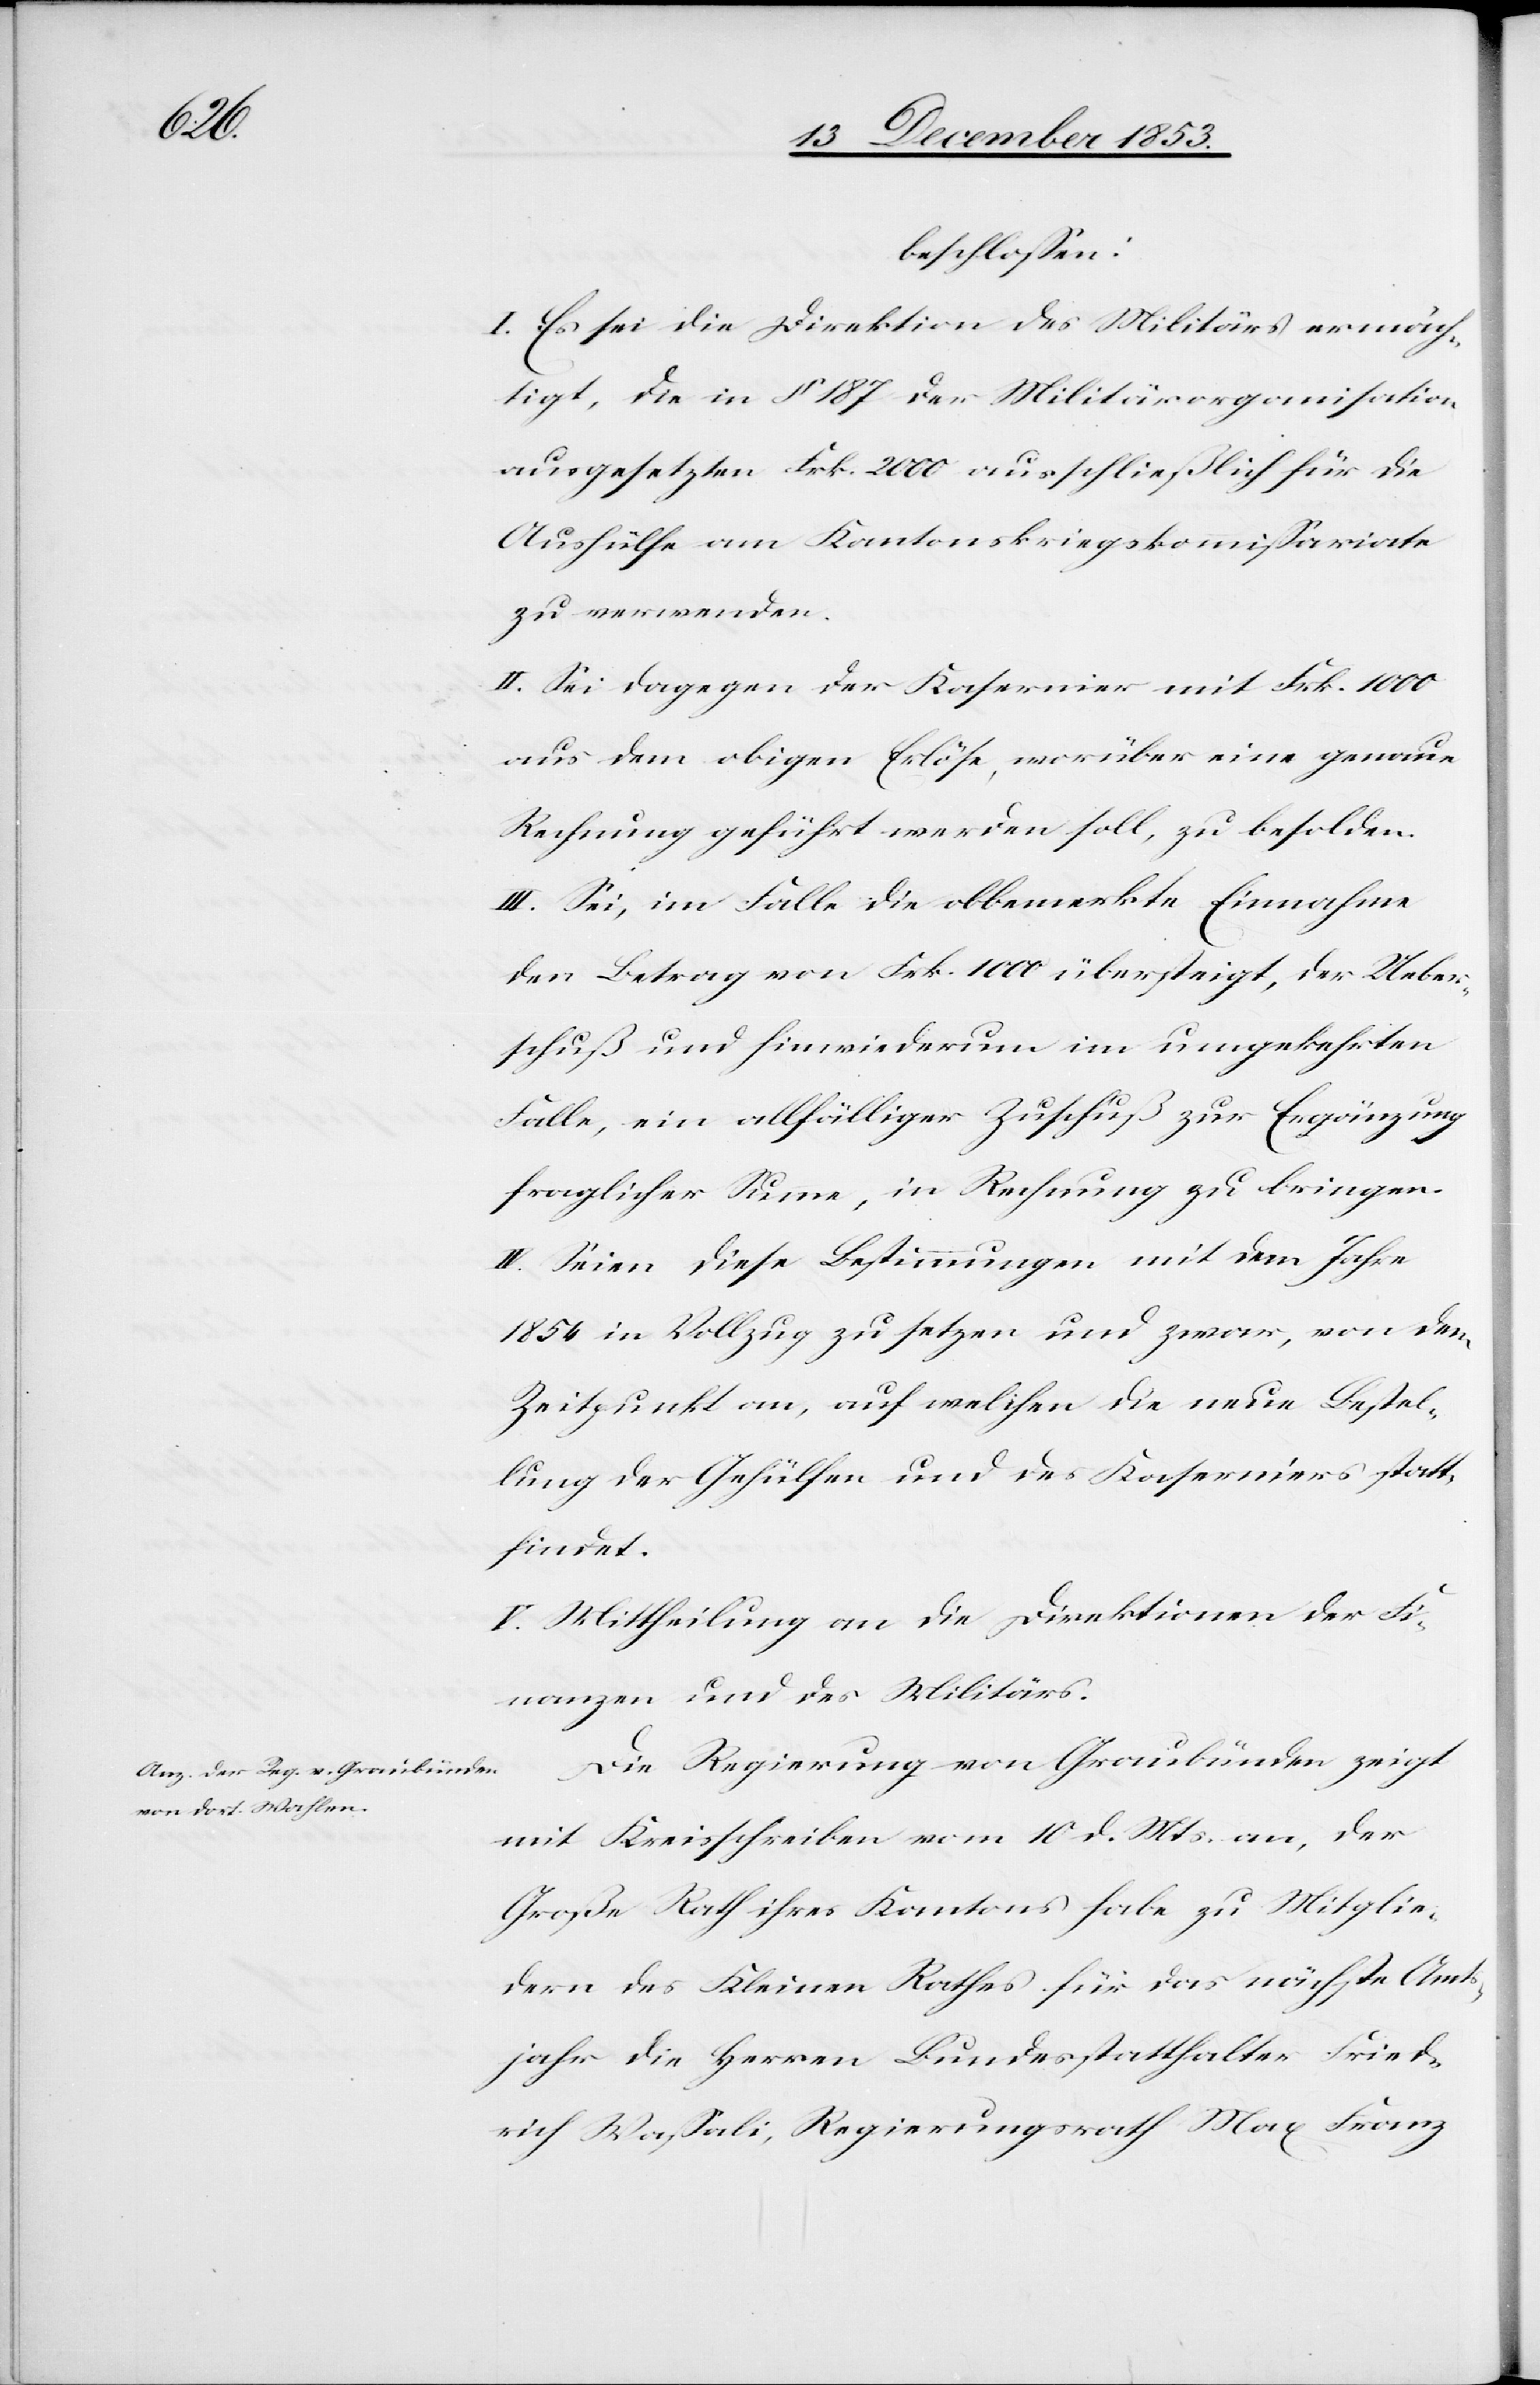
beschloßen:
I. Es sei die Direktion des Militärs ermäch¬
tigt, die in § 187 der Militärorganisation
ausgesetzten Frk. 2000 ausschließlich für die
Aushülfe am Kantonskriegskommißariate
zu verwenden.
II. Sei dagegen der Kasernier mit Frk. 1000
aus dem obigen Erlöse, worüber eine genaue
Rechnung geführt werden soll, zu besolden.
III. Sei, im Falle die obbemerkte Einnahme
den Betrag von Frk. 1000 übersteigt, der Ueber¬
schuß und hinwiederum im umgekehrten
Falle, ein allfälliger Zuschuß zur Ergänzung
fraglicher Summe, in Rechnung zu bringen.
IV. Seien diese Bestimmungen mit dem Jahre
1854 in Vollzug zu setzen und zwar, von dem
Zeitpunkte an, auf welchen die neue Bestel¬
lung der Gehülfen und des Kaserniers statt¬
findet.
V. Mittheilung an die Direktionen der Fi¬
nanzen und des Militärs.
Die Regierung von Graubünden zeigt
mit Kreisschreiben vom 10 d. Mts. an, der
Große Rath ihres Kantons habe zu Mitglie¬
dern des Kleinen Rathes für das nächste Amts¬
jahr die Herren Bundesstatthalter Fried¬
rich Waßali, Regierungsrath Max Franz